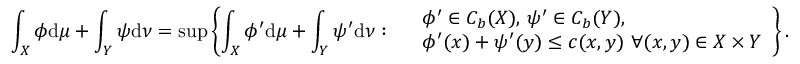
\int _ { X } \phi \mathrm { d } \mu + \int _ { Y } \psi \mathrm { d } \nu = \operatorname* { s u p } \left\{ \int _ { X } \phi ^ { \prime } \mathrm { d } \mu + \int _ { Y } \psi ^ { \prime } \mathrm { d } \nu : \begin{array} { r l } & { \phi ^ { \prime } \in C _ { b } ( X ) , \, \psi ^ { \prime } \in C _ { b } ( Y ) , } \\ & { \phi ^ { \prime } ( x ) + \psi ^ { \prime } ( y ) \leq c ( x , y ) \ \forall ( x , y ) \in X \times Y } \end{array} \right\} .